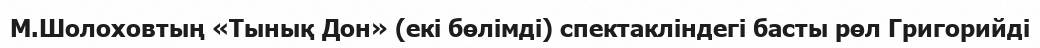
М.Шолоховтың «Тынық Дон» (екі бөлімді) спектакліндегі басты рөл Григорийді